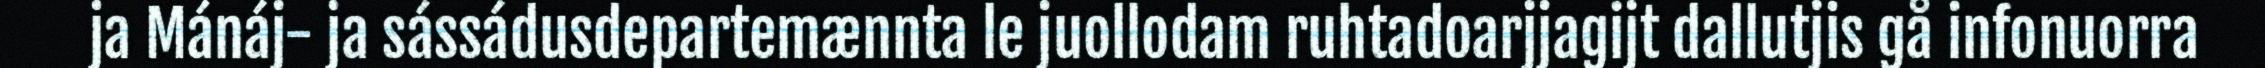
ja Mánáj- ja sássádusdepartemænnta le juollodam ruhtadoarjjagijt dallutjis gå infonuorra